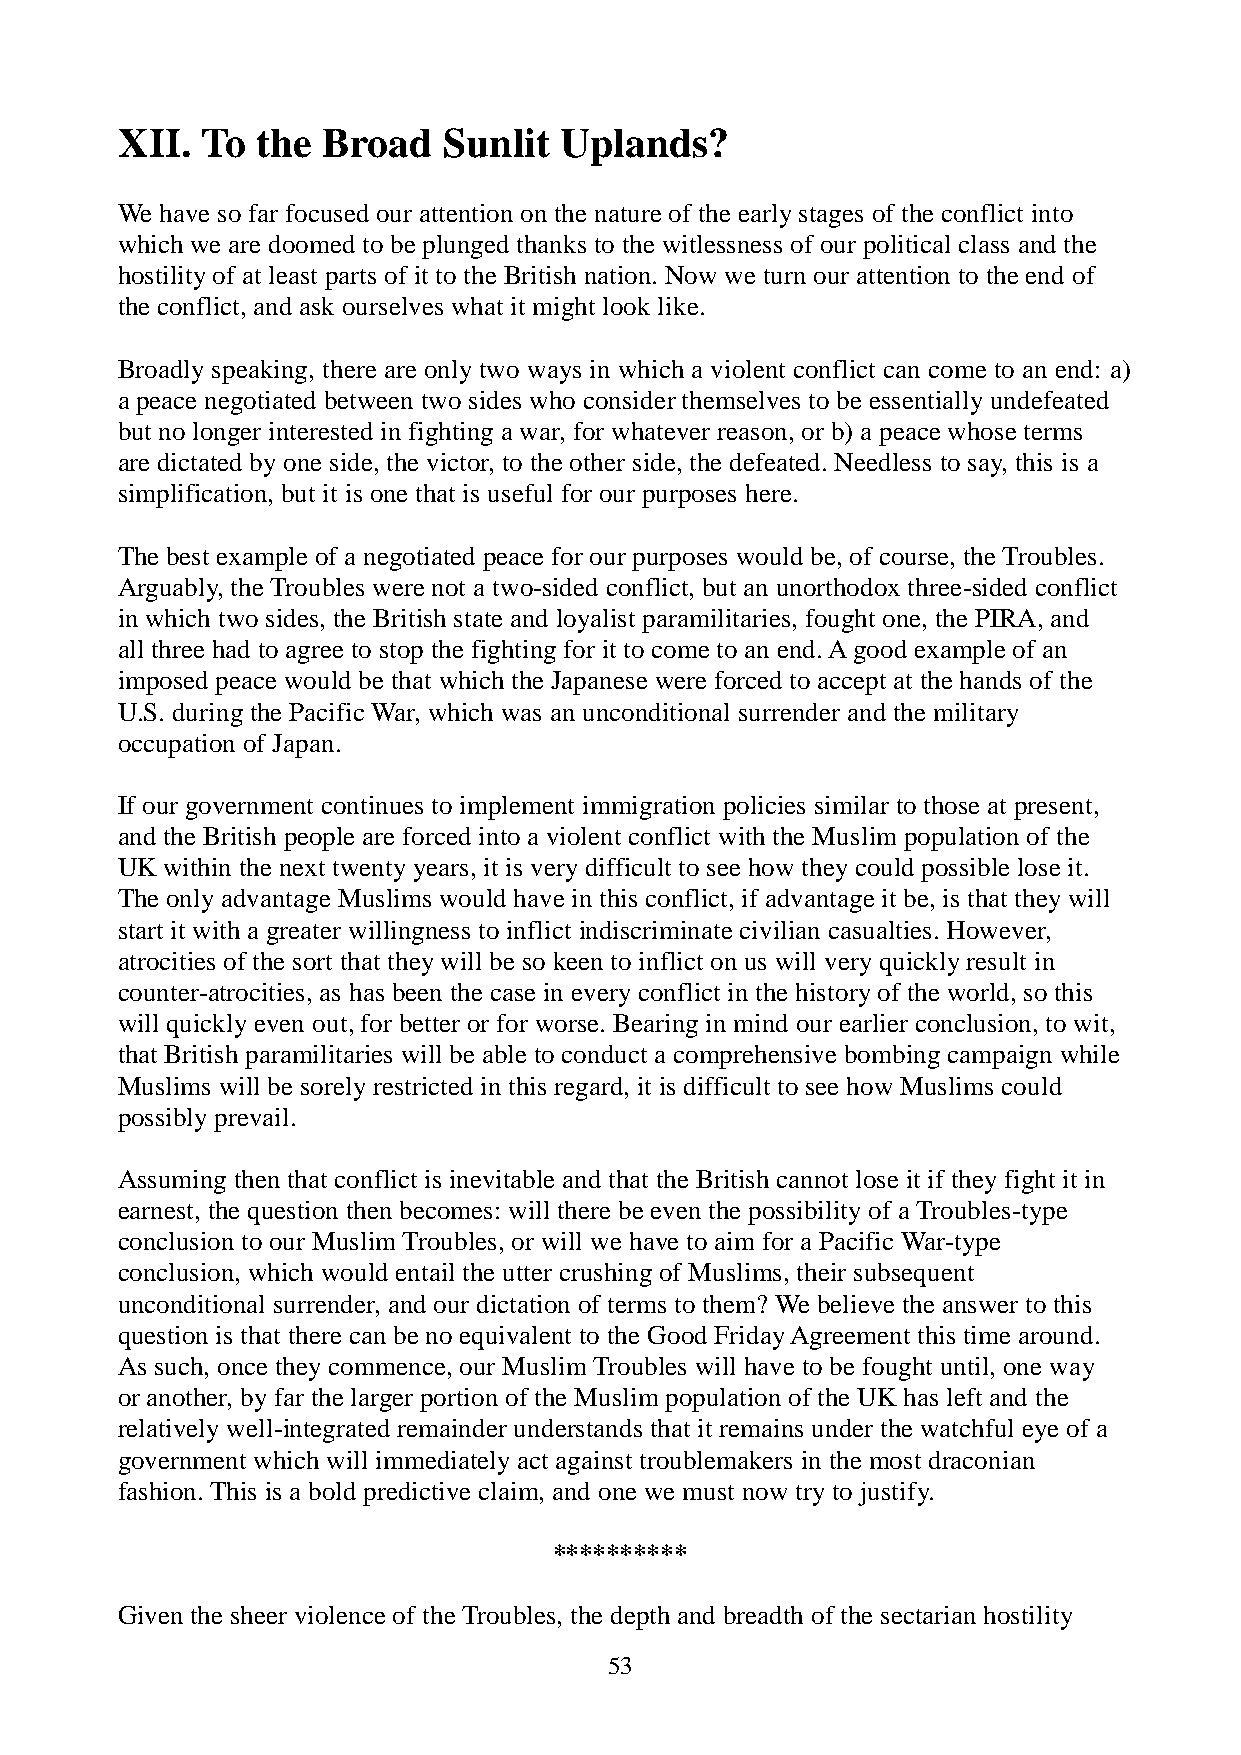
XII. To  the Broad   Sunlit  Uplands?
 We have so far focused our attention on the nature of the early stages of the conflict into
 which we are doomed to be plunged thanks to the witlessness of our political class and the
 hostility of at least parts of it to the British nation. Now we turn our attention to the end of
 the conflict, and ask ourselves what it might look like.
 Broadly speaking, there are only two ways in which a violent conflict can come to an end: a)
 a peace negotiated between two sides who consider themselves to be essentially undefeated
 but no longer interested in fighting a war, for whatever reason, or b) a peace whose terms
 are dictated by one side, the victor, to the other side, the defeated. Needless to say, this is a
 simplification, but it is one that is useful for our purposes here.
 The best example of a negotiated peace for our purposes would be, of course, the Troubles.
 Arguably, the Troubles were not a two-sided conflict, but an unorthodox three-sided conflict
 in which two sides, the British state and loyalist paramilitaries, fought one, the PIRA, and
 all three had to agree to stop the fighting for it to come to an end. A good example of an
 imposed peace would be that which the Japanese were forced to accept at the hands of the
 U.S. during the Pacific War, which was an unconditional surrender and the military
 occupation of Japan.
 If our government continues to implement immigration policies similar to those at present,
 and the British people are forced into a violent conflict with the Muslim population of the
 UK within the next twenty years, it is very difficult to see how they could possible lose it.
 The only advantage Muslims would have in this conflict, if advantage it be, is that they will
 start it with a greater willingness to inflict indiscriminate civilian casualties. However,
 atrocities of the sort that they will be so keen to inflict on us will very quickly result in
 counter-atrocities, as has been the case in every conflict in the history of the world, so this
 will quickly even out, for better or for worse. Bearing in mind our earlier conclusion, to wit,
 that British paramilitaries will be able to conduct a comprehensive bombing campaign while
 Muslims will be sorely restricted in this regard, it is difficult to see how Muslims could
 possibly prevail.
 Assuming then that conflict is inevitable and that the British cannot lose it if they fight it in
 earnest, the question then becomes: will there be even the possibility of a Troubles-type
 conclusion to our Muslim Troubles, or will we have to aim for a Pacific War-type
 conclusion, which would entail the utter crushing of Muslims, their subsequent
 unconditional surrender, and our dictation of terms to them? We believe the answer to this
 question is that there can be no equivalent to the Good Friday Agreement this time around.
 As such, once they commence, our Muslim Troubles will have to be fought until, one way
 or another, by far the larger portion of the Muslim population of the UK has left and the
 relatively well-integrated remainder understands that it remains under the watchful eye of a
 government which will immediately act against troublemakers in the most draconian
 fashion. This is a bold predictive claim, and one we must now try to justify.
 **********
 Given the sheer violence of the Troubles, the depth and breadth of the sectarian hostility
 53